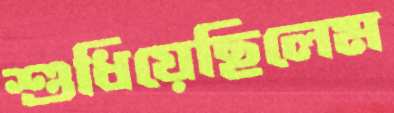
শুধিয়েছিলেম